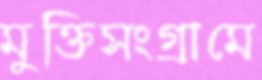
মুক্তিসংগ্রামে